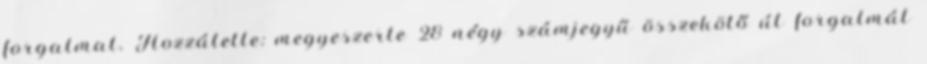
forgalmat. Hozzátette: megyeszerte 28 négy számjegyű összekötő út forgalmát